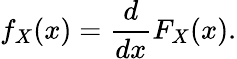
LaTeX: f_{X}(x)={\frac{d}{dx}}F_{X}(x).